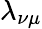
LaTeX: \lambda_{\nu\mu}